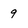
Character: 9